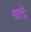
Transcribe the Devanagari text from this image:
सारट्रे